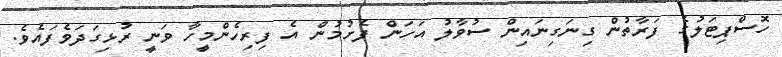
ހޮސްޕިޓަލުގެ ފަރާތުން ގިނަގިނައިން ސުވާލު އަހަން ފެށުމުން އެ ފިރިހެންމީހާ ވަނީ ރުޅިގަދަވެފައެވެ.